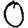
Digit: 0